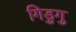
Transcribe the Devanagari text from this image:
गिडुगु